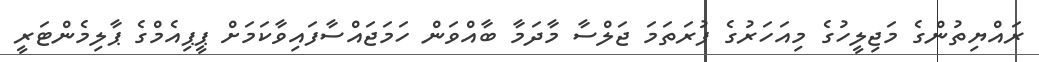
ރައްޔިތުންގެ މަޖިލީހުގެ މިއަހަރުގެ ފުރަތަމަ ޖަލްސާ މާދަމާ ބާއްވަން ހަމަޖައްސާފައިވާކަމަށް ޕީޕިއެމްގެ ޕާލިމެންޓަރީ